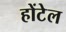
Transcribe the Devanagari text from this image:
होंटेल